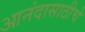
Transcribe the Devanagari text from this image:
आनंदासाठीचे